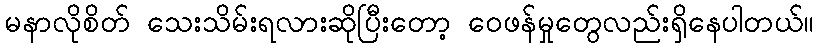
မနာလိုစိတ် သေးသိမ်းရလားဆိုပြီးတော့ ဝေဖန်မှုတွေလည်းရှိနေပါတယ်။